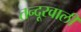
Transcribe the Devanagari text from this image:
तन्दूरवाली